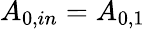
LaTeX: A_{0,in}=A_{0,1}